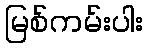
မြစ်ကမ်းပါး